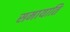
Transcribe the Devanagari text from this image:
समायाति